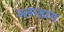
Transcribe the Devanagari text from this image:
स्लम्डाग